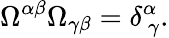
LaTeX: \Omega^{\alpha\beta}\Omega_{\gamma\beta}=\delta_{~\gamma}^{\alpha}.